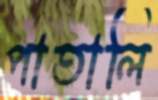
পাতালি